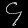
Digit: ၄